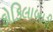
કોકિલાબારી